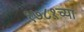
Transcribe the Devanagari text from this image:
१७८१च्या